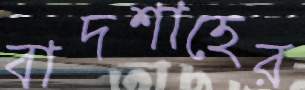
বাদশাহের